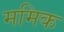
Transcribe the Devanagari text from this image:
ममिक